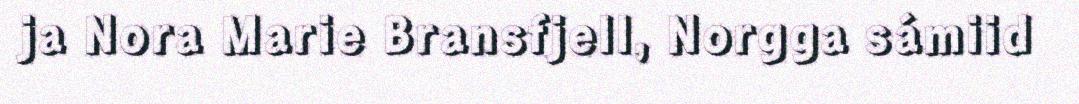
ja Nora Marie Bransfjell, Norgga sámiid